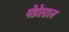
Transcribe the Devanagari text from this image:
पेडेस्टल